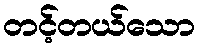
တင့်တယ်သော